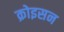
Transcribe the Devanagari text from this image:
क्रोइसन